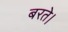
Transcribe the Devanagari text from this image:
बरते।